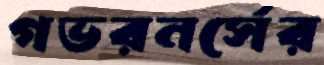
গভরনর্সের